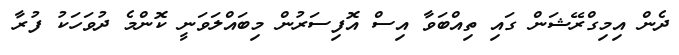
ދެން އިމިގްރޭޝަން ގައި ތިއްބަވާ އިސް އޮފިސަރުން މިބައްލަވަނީ ކޮންމެ ދުވަހަކު ފުރާ